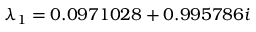
\lambda _ { 1 } = 0 . 0 9 7 1 0 2 8 + 0 . 9 9 5 7 8 6 i